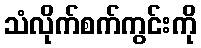
သံလိုက်စက်ကွင်းကို